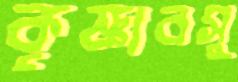
কৃষ্ণাবসু